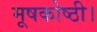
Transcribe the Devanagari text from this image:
मूषकोष्ठी।